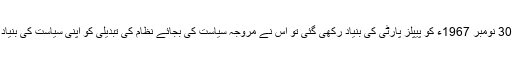
جب 30 نومبر 1967ء کو پیپلز پارٹی کی بنیاد رکھی گئی تو اس نے مروجہ سیاست کی بجائے نظام کی تبدیلی کو اپنی سیاست کی بنیاد بنایا۔